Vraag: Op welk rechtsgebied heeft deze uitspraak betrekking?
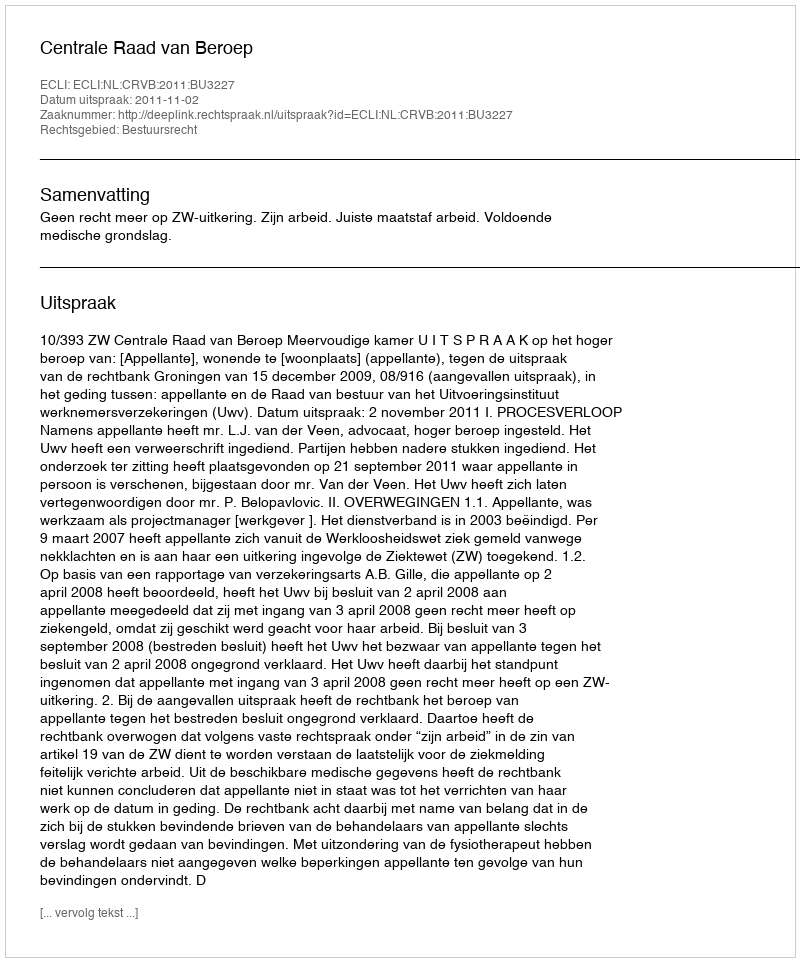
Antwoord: Bestuursrecht